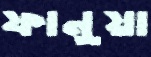
ফানুয়া